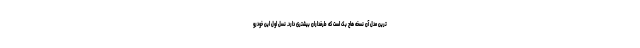
ترین مدل آن نسخه هاچ بک است که طرفداران بیشتری دارد. نسل اول این خودرو